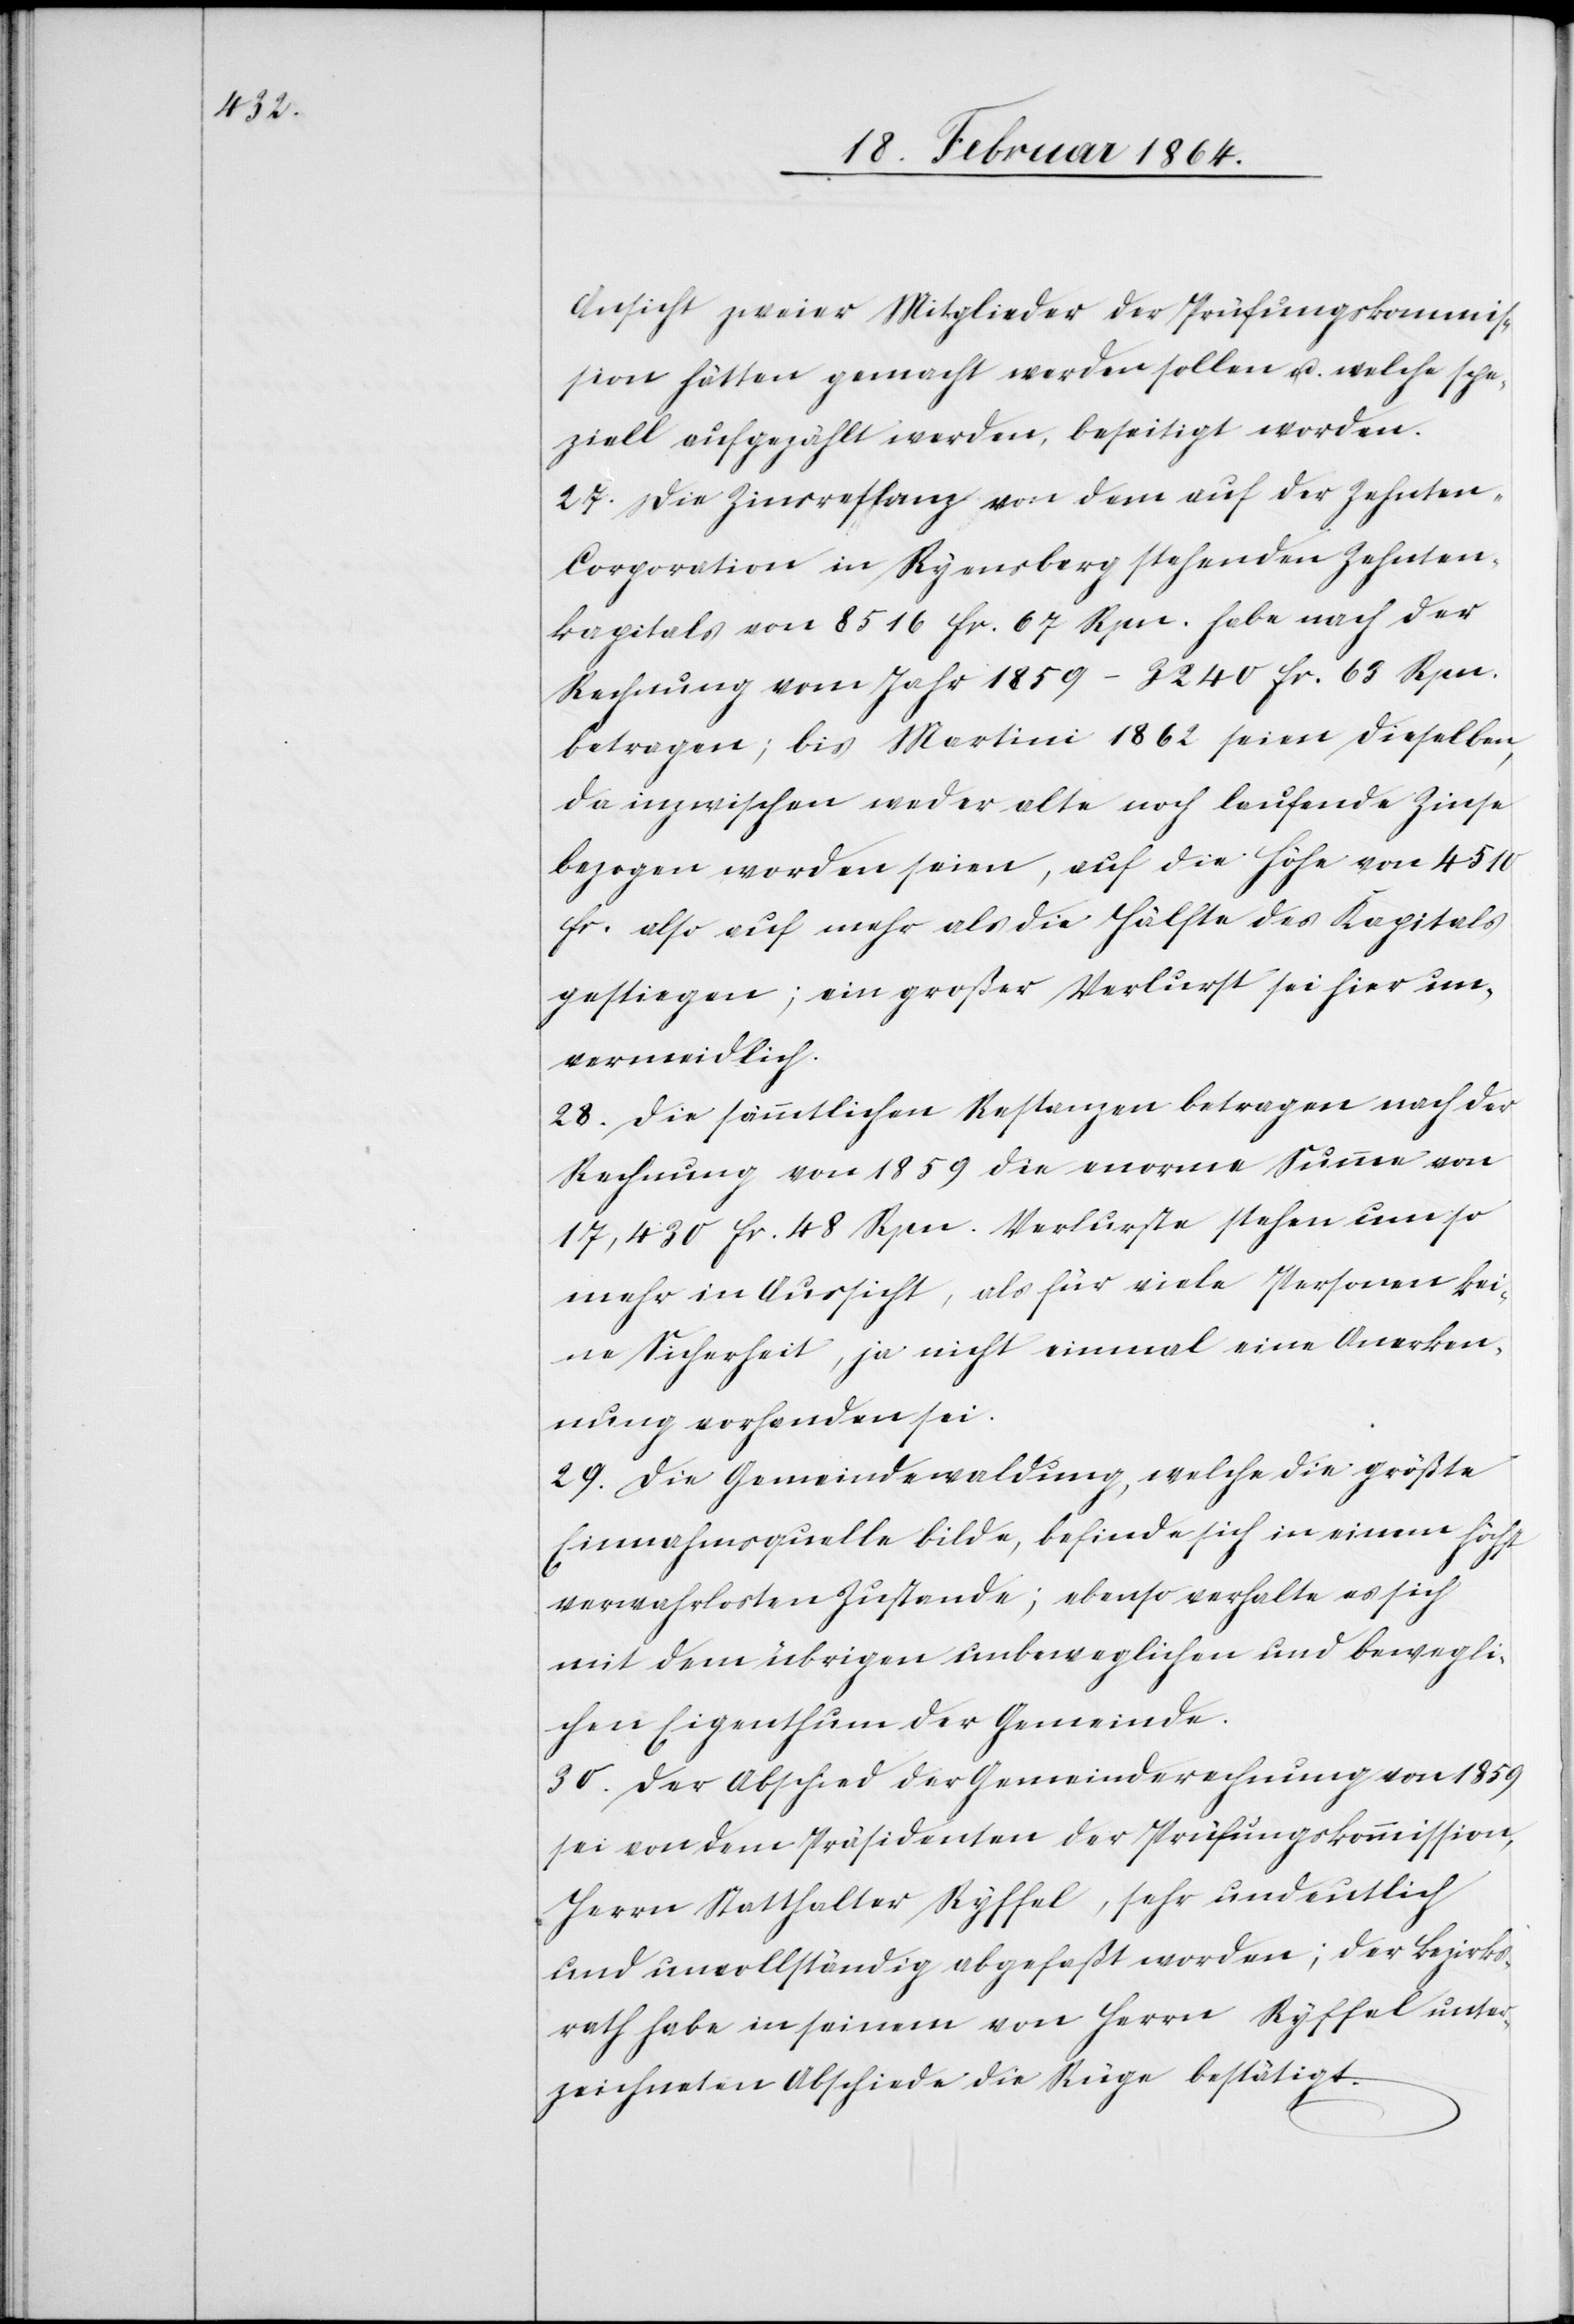
Ansicht zweier Mitglieder der Prüfungskommis¬
sion hätten gemacht werden sollen u. welche spe¬
ziell aufgezählt werden, beseitigt worden.
27. Die Zinsrestanz von dem auf der Zehnte¬
n-Corporation in Ryensberg stehenden Zehnten¬
kapitals von 8516 fr. 67 Rpn. habe nach der
Rechnung vom Jahr 1859 – 3240 fr. 63 Rpn.
betragen; bis Martini 1861 seien dieselben
da inzwischen weder alte noch laufende Zinse
bezogen worden seien, auf die Höhe von 4510
fr. also auf mehr als die Hälfte des Kapitals
gestiegen; ein großer Verlust sei hier un¬
vermeidlich.
28. Die sämmtlichen Restanzen betragen nach der
Rechnung von 1859 die enorme Summe von
17,430 fr. 48 Rpn. Verluste stehen um so
mehr in Aussicht, als für viele Personen kei¬
ne Sicherheit, ja nicht einmal eine Anerken¬
nung vorhanden sei.
29. Die Gemeindewaldung, welche die größte
Einnahmsquelle bilde, befinde sich in einem höchst
verwahrlosten Zustande; ebenso verhalte es sich
mit dem übrigen unbeweglichen und bewegli¬
chen Eigenthum der Gemeinde.
30. Der Abschied der Gemeinderechnung von 1859
sei von dem Präsidenten der Prüfungskommission,
Herrn Statthalter Ryffel, sehr undeutlich
und unvollständig abgefaßt worden; der Bezirks¬
rath habe in seinem von Herrn Ryffel unter¬
zeichneten Abschiede die Rüge bestätigt.